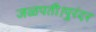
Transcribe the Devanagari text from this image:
जळपती।पुरंदर